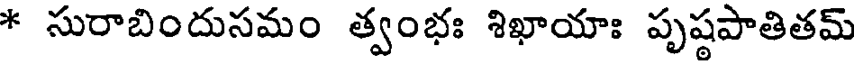
* సురాబిందుసమం త్వంభః శిఖాయాః పృష్ఠపాతితమ్